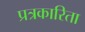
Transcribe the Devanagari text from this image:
प्रत्रकारिता